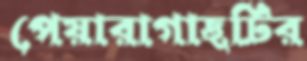
পেয়ারাগাছটির